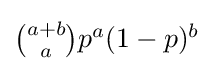
{\textstyle {\binom {a+b}{a}}p^{a}(1-p)^{b}}